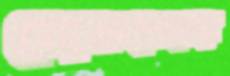
মোকশেদের